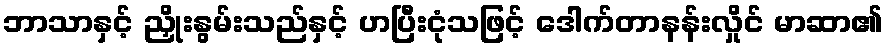
ဘာသာနှင့် ညှိုးနွမ်းသည်နှင့် ဟပြီးငုံသဖြင့် ဒေါက်တာနန်းလှိုင် မာဆာ၏